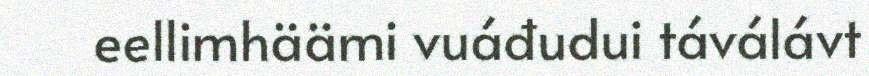
eellimhäämi vuáđudui táválávt